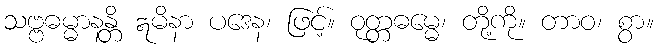
သဗ္ဗဓမ္မာနန္တိ ဣမိနာ ပဒေန၊ ဖြင့်။ ဝုတ္တဓမ္မေ၊ တို့ကို။ တာဝ၊ စွာ။